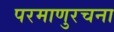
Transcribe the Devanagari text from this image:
परमाणुरचना